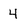
Character: 4